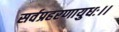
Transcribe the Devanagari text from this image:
सर्वप्रहरणायुधः।।